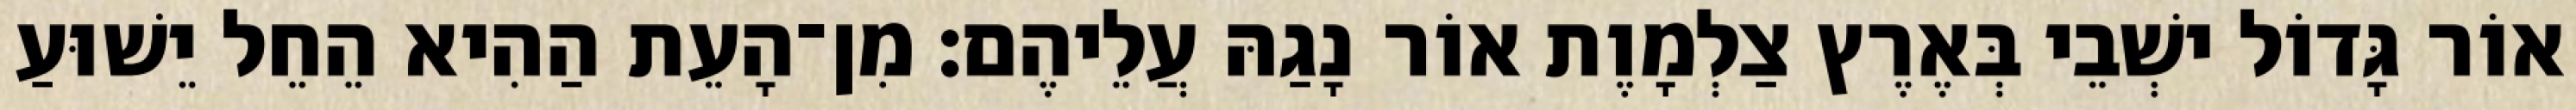
אוֹר גָּדוֹל ישְׁבֵי בְּאֶרֶץ צַלְמָוֶת אוֹר נָגַהּ עֲלֵיהֶם׃ מִן־הָעֵת הַהִיא הֵחֵל יֵשׁוּעַ